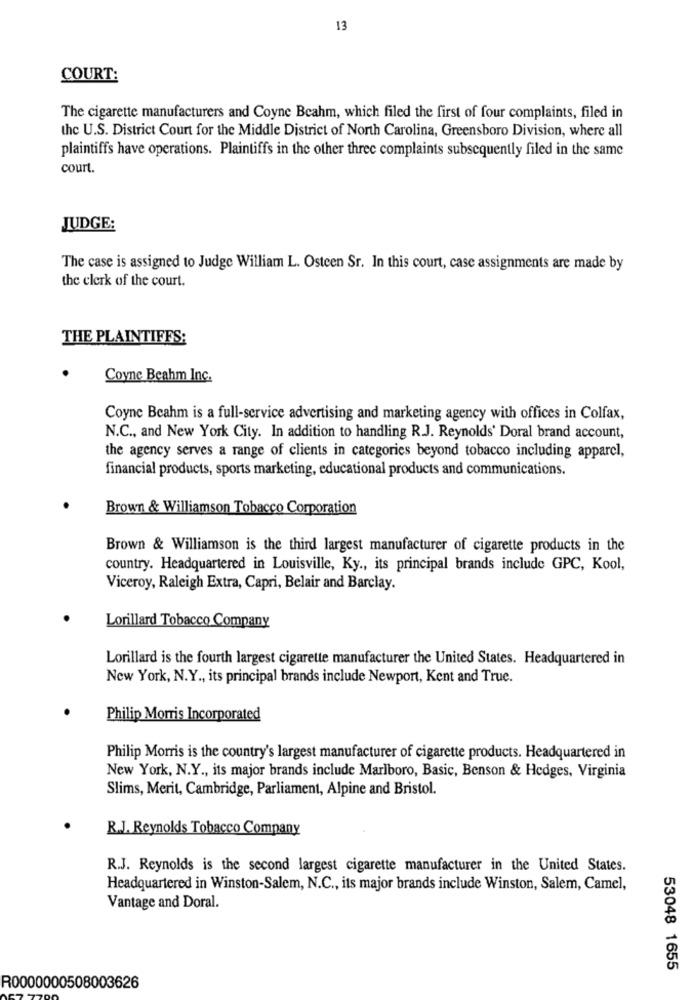
13
COURT:
The cigarette manufacturers and Coyne Beahm, which filed the first of four complaints, filed in
the U.S. District Court for the Middle District of North Carolina, Greensboro Division, where all
plaintiffs have operations. Plaintiffs in the other three complaints subsequently filed in the same
court.
JUDGE:
The case is assigned to Judge William L. Osteen Sr. In this court, case assignments are made by
the clerk of the court.
THE PLAINTIFFS:
Coyne Beahm Inc.
Coyne Beahm is a full-service advertising and marketing agency with offices in Colfax,
N.C ., and New York City. In addition to handling R.J. Reynolds' Doral brand account,
the agency serves a range of clients in categories beyond tobacco including apparel,
financial products, sports marketing, educational products and communications.
Brown & Williamson Tobacco Corporation
Brown & Williamson is the third largest manufacturer of cigarette products in the
country. Headquartered in Louisville, Ky ., its principal brands include GPC, Kool,
Viceroy, Raleigh Extra, Capri, Belair and Barclay.
Lorillard Tobacco Company
Lorillard is the fourth largest cigarette manufacturer the United States. Headquartered in
New York, N.Y ., its principal brands include Newport, Kent and True.
Philip Morris Incorporated
Philip Morris is the country's largest manufacturer of cigarette products. Headquartered in
New York, N.Y ., its major brands include Marlboro, Basic, Benson & Hedges, Virginia
Slims, Merit, Cambridge, Parliament, Alpine and Bristol.
R.J. Reynolds Tobacco Company
R.J. Reynolds is the second largest cigarette manufacturer in the United States.
Headquartered in Winston-Salem, N.C ., its major brands include Winston, Salem, Camel,
Vantage and Doral.
53048 1655
R0000000508003626